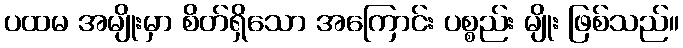
ပထမ အမျိုးမှာ စိတ်ရှိသော အကြောင်း ပစ္စည်း မျိုး ဖြစ်သည်။